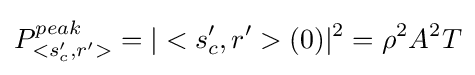
P_{<s_{c}',r'>}^{peak}=|<s_{c}',r'>(0)|^{2}=\rho ^{2}A^{2}T